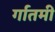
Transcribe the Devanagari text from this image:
र्गातमी